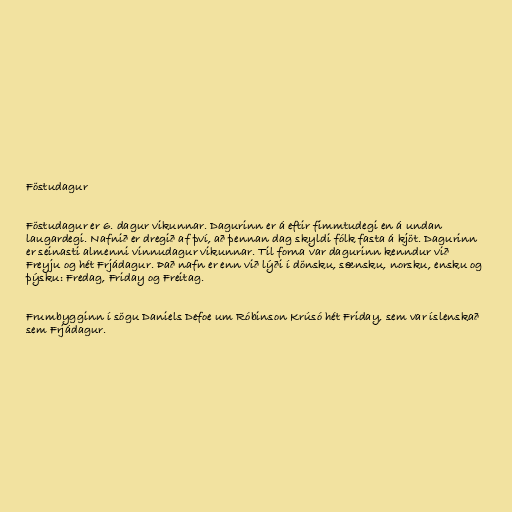
Föstudagur

Föstudagur er 6. dagur vikunnar. Dagurinn er á eftir fimmtudegi en á undan
laugardegi. Nafnið er dregið af því, að þennan dag skyldi fólk fasta á kjöt. Dagurinn
er seinasti almenni vinnudagur vikunnar. Til forna var dagurinn kenndur við
Freyju og hét Frjádagur. Það nafn er enn við lýði í dönsku, sænsku, norsku, ensku og
þýsku: Fredag, Friday og Freitag.

Frumbygginn í sögu Daniels Defoe um Róbinson Krúsó hét Friday, sem var íslenskað
sem Frjádagur.